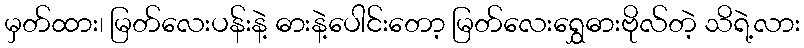
မှတ်ထား၊ မြတ်လေးပန်းနဲ့ ဓားနဲ့ပေါင်းတော့ မြတ်လေးရွှေဓားဗိုလ်တဲ့ သိရဲ့လား